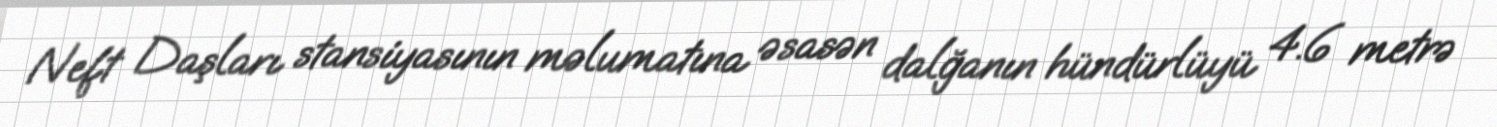
Neft Daşları stansiyasının məlumatına əsasən dalğanın hündürlüyü 4.6 metrə